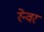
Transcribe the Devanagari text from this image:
रेन्वर